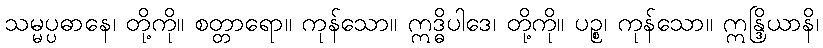
သမ္မပ္ပဓာနေ၊ တို့ကို။ စတ္တာရော။ ကုန်သော။ ဣဒ္ဓိပါဒေ၊ တို့ကို။ ပဉ္စ၊ ကုန်သော။ ဣန္ဒြိယာနိ၊